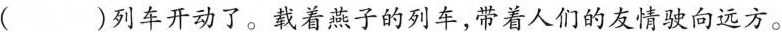
( )列车开动了。载着燕子的列车，带着人们的友情驶向远方。